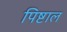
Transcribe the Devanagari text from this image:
पिष्टाल